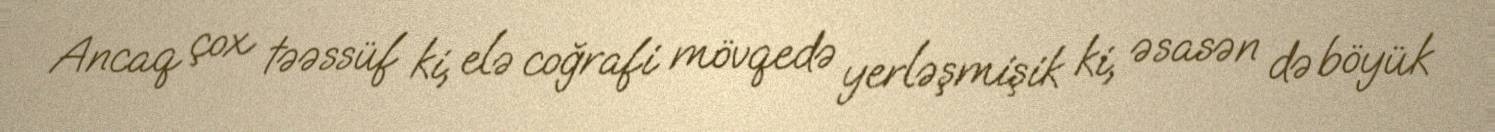
Ancaq çox təəssüf ki, elə coğrafi mövqedə yerləşmişik ki, əsasən də böyük